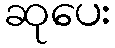
ဆုပေး